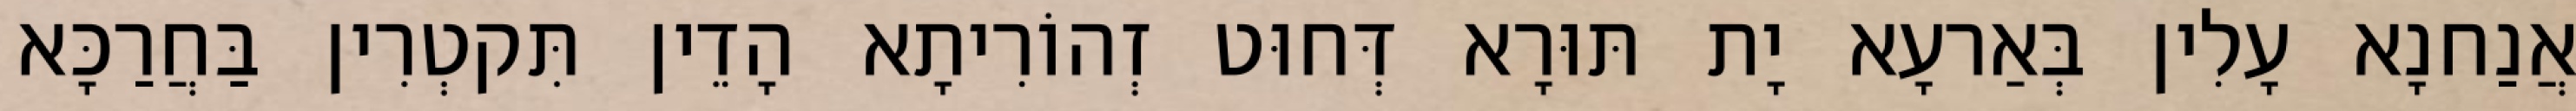
אֲנַחנָא עָלִין בְּאַרעָא יָת תּוּרָא דְּחוּט זְהוֹרִיתָא הָדֵין תִּקטְרִין בַּחֲרַכָּא